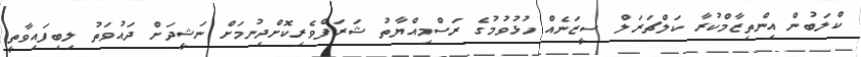
ކްލަބުން އިންތިޒާމްކުރާ ކަލްޗަރަލް ސީޒަނެއް ހުޅުވުމުގެ ރަސްމިއްޔާތު ޝަރަފްވެރިކޮށްދިނުމަށް ނަޝީދަށް ދައުވަތު ލިބިފައިވާތީ